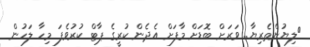
{ލިޔުންތެރިޔާ.. ވަރަށް ބޮޑަށް މާފަށް އެދެން ކުރީގެ ޕާޓް ކުރުވެފަ މިހާ ލަހުން